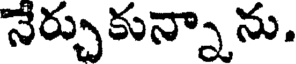
నేర్చుకున్నా ను.